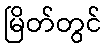
မြိတ်တွင်